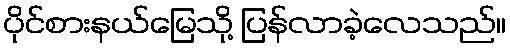
ပိုင်စားနယ်မြေသို့ ပြန်လာခဲ့လေသည်။